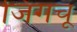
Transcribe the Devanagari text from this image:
जिंगचू